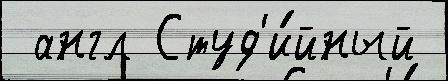
 англ Студ'и́йный